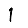
Digit: 1